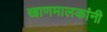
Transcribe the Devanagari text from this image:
खाणमालकांनी